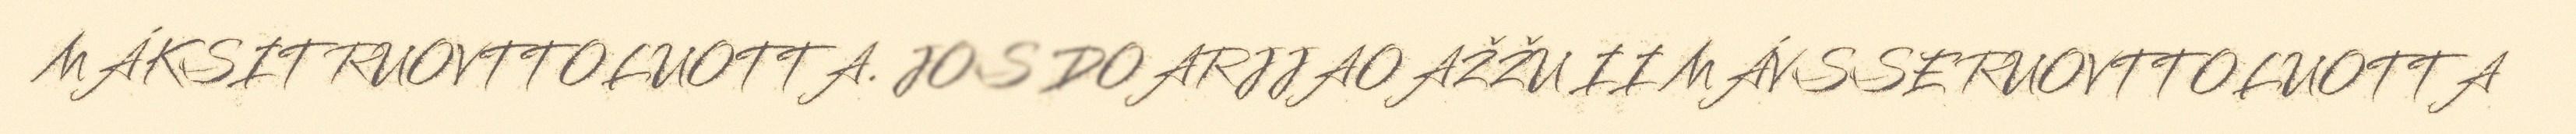
MÁKSIT RUOVTTOLUOTTA. JOS DOARJJAOAŽŽU II MÁVSSE RUOVTTOLUOTTA